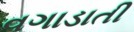
વગાડાતી